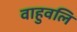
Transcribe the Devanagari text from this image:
वाहुवलि